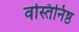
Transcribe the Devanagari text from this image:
वस्तिनिष्ठ